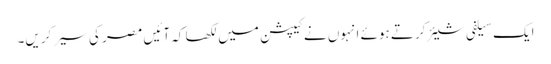
ایک سیلفی شیئر کرتے ہوئے انہوں نے کیپشن میں لکھا کہ آئیں مصر کی سیر کریں۔